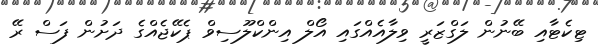
ޓިކެޓާއި ބޭނުން ލަގްޒަރީ ވިލާއެއްގައި އޯލް އިންކްލޫސިވް ޕެކޭޖެއްގެ ދަށުން ފަސް ރޭ